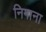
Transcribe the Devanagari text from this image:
निगाना